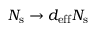
N _ { \mathrm { s } } \rightarrow d _ { \mathrm { e f f } } N _ { \mathrm { s } }